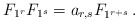
\begin{align*}F_{1^r} F_{1^s} = a_{r,s} F_{1^{r+s}}\,.\end{align*}